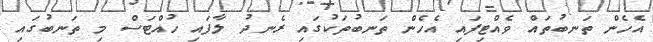
އެހެން ތަނބުތައް ވެއްޓިފައި އެހެން ތަނބުތަކުގައި ރެނދު ލާފައި ހުއްޓަސް މި ތަނބުގައި